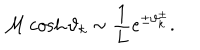
{ \cal M } \cosh \vartheta _ { k } \sim \displaystyle \frac { 1 } { L } e ^ { \pm \vartheta _ { k } ^ { \pm } } .